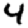
Digit: 4